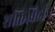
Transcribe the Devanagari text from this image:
शक्तिविहीन